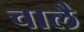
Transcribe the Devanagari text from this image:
चालै